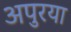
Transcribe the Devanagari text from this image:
अपुरया